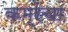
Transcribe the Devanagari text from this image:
कम्रंचा